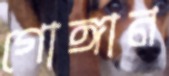
গোঙ্গান